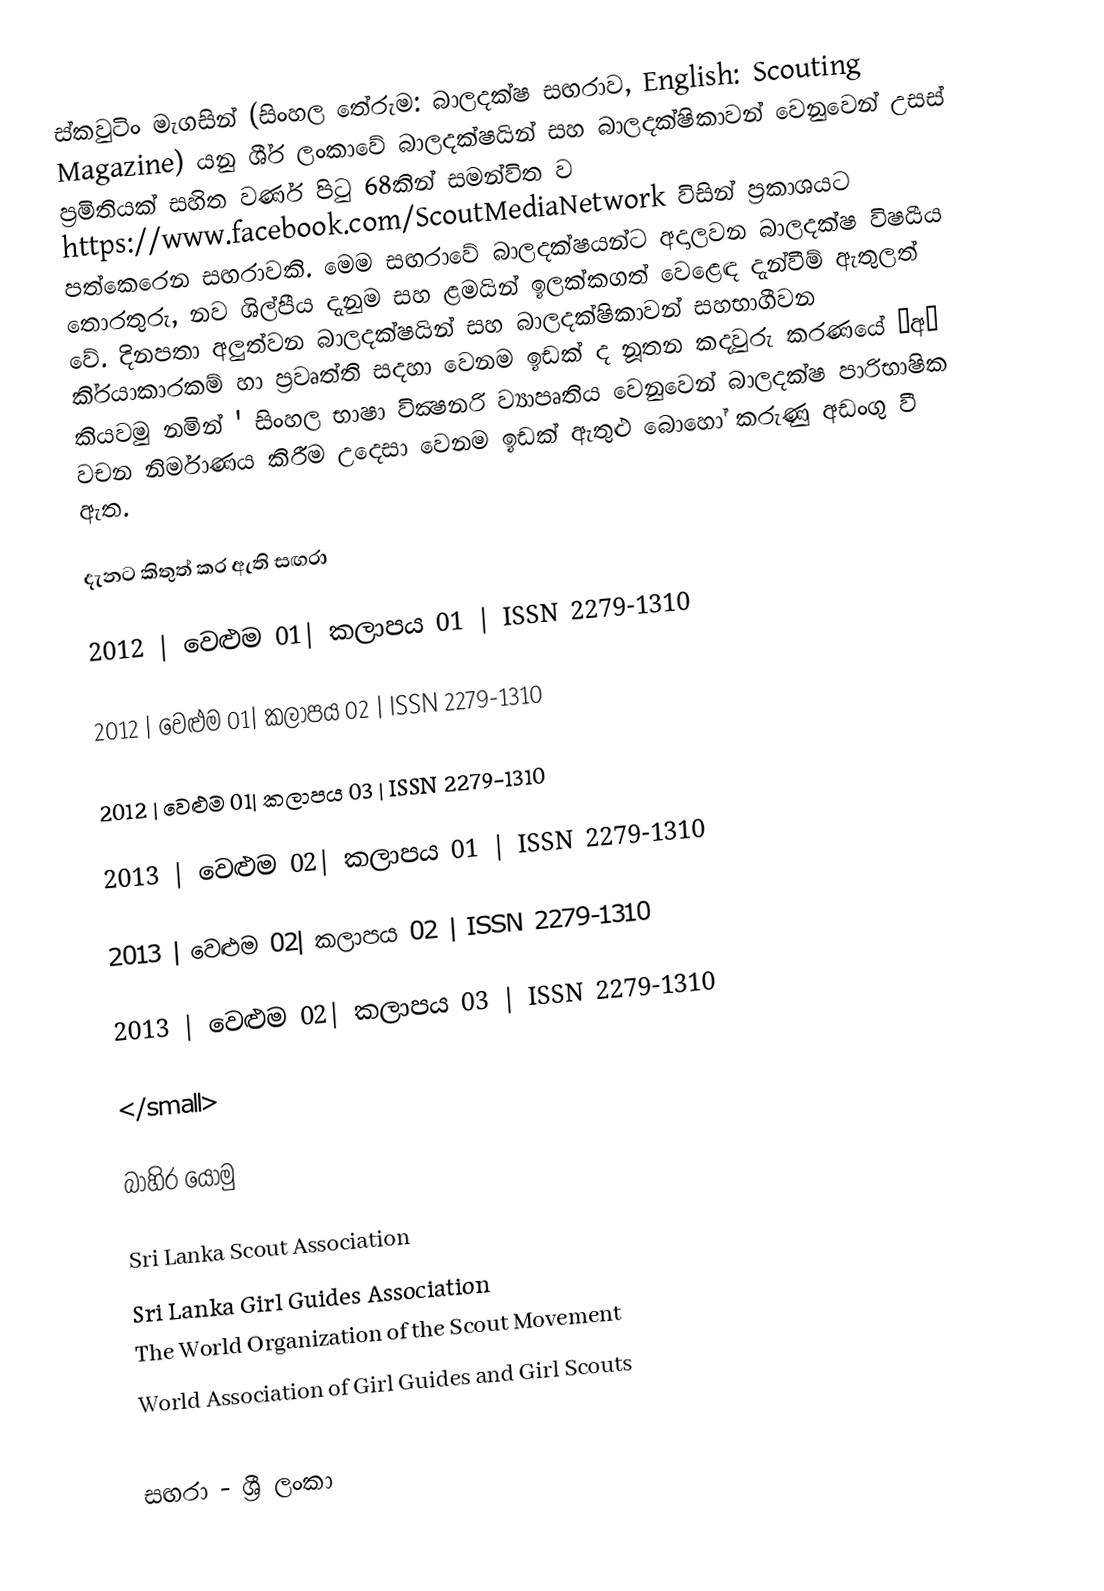
ස්කවුටිං මැගසින් (සිංහල තේරුම: බාලදක්ෂ සඟරාව, English: Scouting Magazine) යනු ශී‍්‍ර ලංකාවේ බාලදක්ෂයින් සහ බාලදක්ෂිකාවන් වෙනුවෙන් උසස් ප‍්‍රමිතියක් සහිත වර්ණ පිටු 68කින් සමන්විත ව https://www.facebook.com/ScoutMediaNetwork විසින් ප‍්‍රකාශයට පත්කෙරෙන සඟරාවකි. මෙම සඟරාවේ බාලදක්ෂයන්ට අදාලවන  බාලදක්ෂ විෂයීය තොරතුරු,  නව ශිල්පීය දැනුම සහ ළමයින් ඉලක්කගත් වෙළෙඳ දැන්වීම් ඇතුලත් වේ. දිනපතා අලුත්වන බාලදක්ෂයින් සහ බාලදක්ෂිකාවන් සහභාගීවන කි‍්‍රයාකාරකම් හා ප‍්‍රවෘත්ති සදහා වෙනම ඉඩක් ද නූතන කදවුරු කරණයේ ‘අ’ කියවමු නමින් ' සිංහල භාෂා වික්‍ෂනරි ව්‍යාපෘතිය වෙනුවෙන් බාලදක්ෂ පාරිභාෂික වචන නිර්මාණය කිරීම උදෙසා වෙනම ඉඩක් ඇතුළු බොහෝ කරුණු අඩංගු වී ඇත.

දැනට කිතුත් කර ඇති සඟරා

2012 | වෙළුම 01| කලාපය 01 | ISSN 2279-1310

2012 | වෙළුම 01| කලාපය 02 | ISSN 2279-1310

2012 | වෙළුම 01| කලාපය 03 | ISSN 2279-1310

2013 | වෙළුම 02| කලාපය 01 | ISSN 2279-1310

2013 | වෙළුම 02| කලාපය 02 | ISSN 2279-1310

2013 | වෙළුම 02| කලාපය 03 | ISSN 2279-1310

</small>

බාහිර යොමු

 Sri Lanka Scout Association
 Sri Lanka Girl Guides Association
 The World Organization of the Scout Movement
 World Association of Girl Guides and Girl Scouts

සඟරා - ශ්‍රී ලංකා